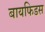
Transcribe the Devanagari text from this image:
बायफिडस